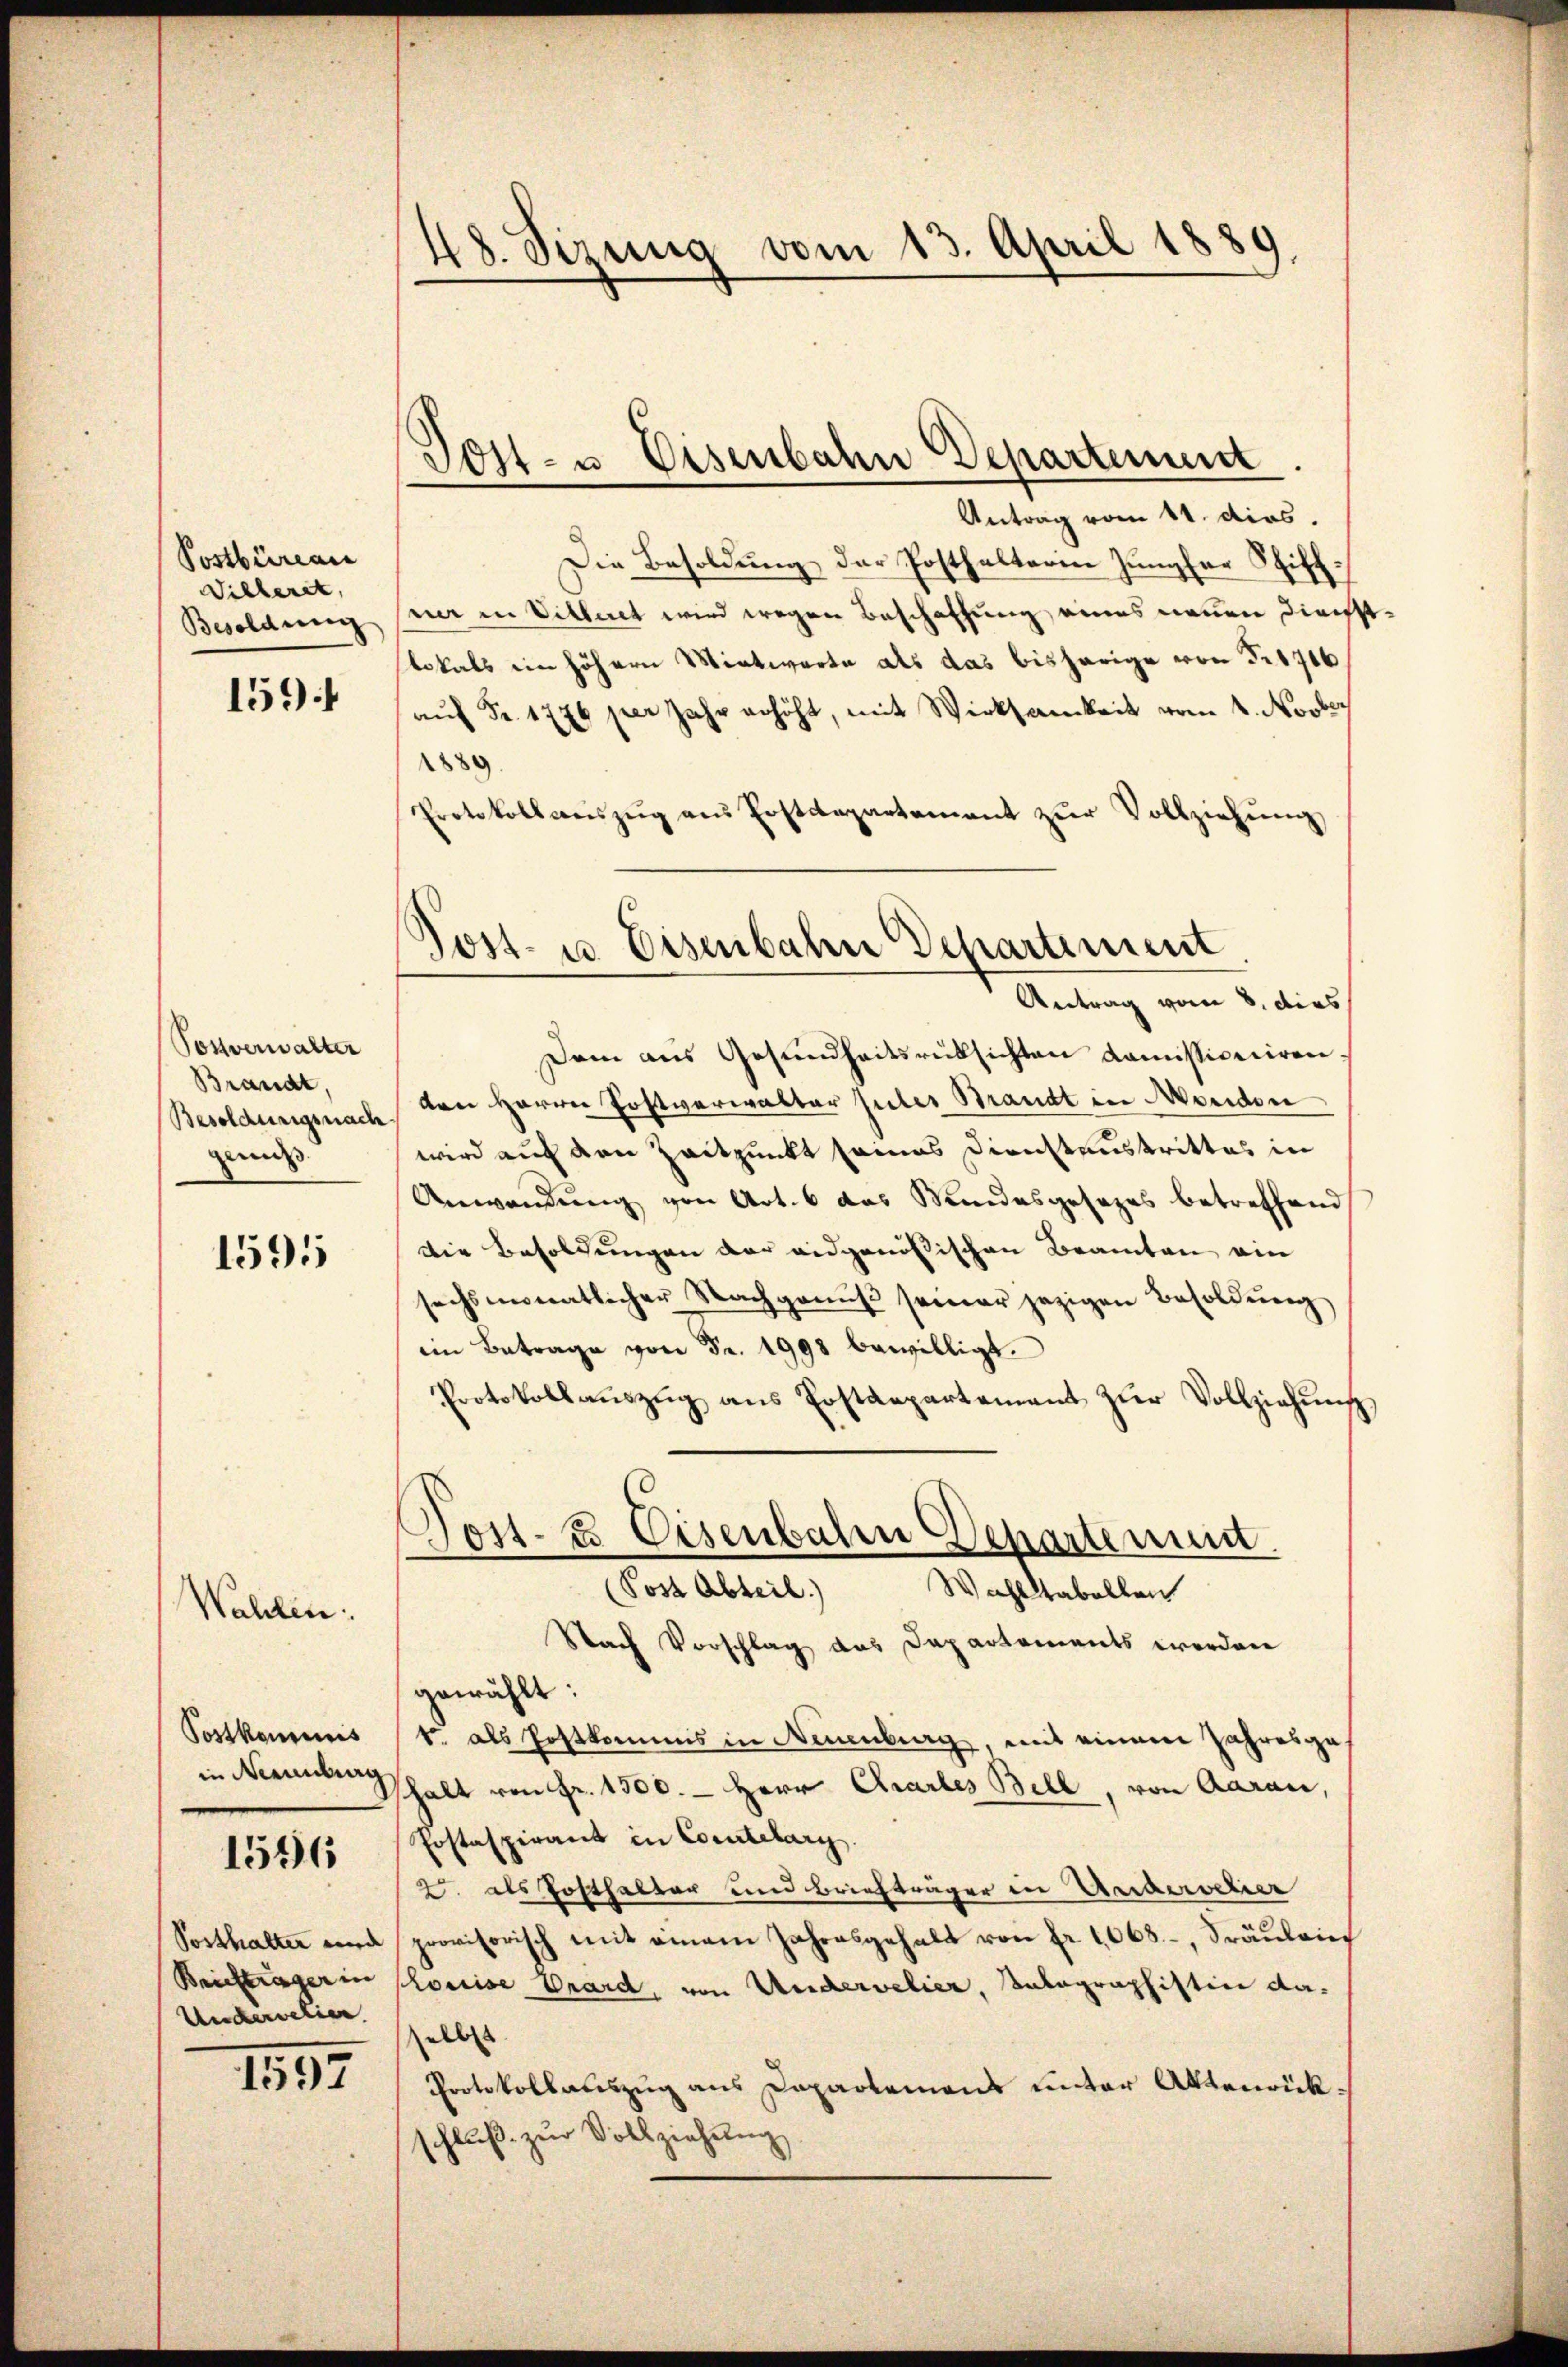
Postbüreau
Villeret,
Besoldung

159.

Posverwalter
Brandt,
Besoldungsnach
munds

1595

Wahlen.

Postkominis
in Neuenburg

1596

Posthalter wird
Beichträger in
Underwelie

1597

48. Sizung vom 13. April 1889.

Sost- u. Eisenbahn Departement

1889.

Antrag vom 11. dies.
Die Besoldung der Posthalterin Jungfer Schiffner in Vitleret wird wegen Beschaffung, eines neuen dies
lokals ein höhern Wintworte als das bisherige von Fr. 1716
aŭf Fr. 1776 per Jahr erhöht, mit Wirksamkeit vom 4. Novbr.
Protokollaŭszŭg aŭs Erstdepartement zŭr Vollziehŭng
Dem aus Gesundheitsrücksichten Komissiveciren
den Herrn Postverwalter Güter Brandt in Morden
wird auf den Zeitpunkt seines Dienstenstrittes in
Anwendung von Art. 6 das Mundesgesezes betreffend
Die Besoldungen der eidgenößischen Beamten ein
sechsmonatlicher Nachgenŭβ seiner jezigen Besoldŭng
im Betrage von Fr. 1998 bewilligt.
Protokollaŭszŭg ans Postdepartement zŭr Vollziehung
Post- & Eisenbahr Departemen.
(Post Abteil)
Wahlstabellen
Nach Vorschlag das Departements werden
gewählt:
1 als Postkommis in Neuenburg, mit einem Jahresges
shalt von Fr. 1500. - Herr Charles Bell, von Aarau,
Postaspirant in Comtelary
2. als Posthalter und Briefträger in Andervelier
provisorisch mit einem Jahresgehalt von Fr. 1068., Fräŭlei
Louise Grard, von Undervelier, Anlagraphistine da-
elbs
Protokollauszug aus Capartemens unter Aktenrückschlŭβ zŭr Vollziehung

Post- u. Eisenbahn Departement
Antrag vom 8. dies